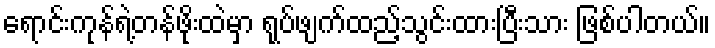
ရောင်းကုန်ရဲ့တန်ဖိုးထဲမှာ ရုပ်ဖျက်ထည့်သွင်းထားပြီးသား ဖြစ်ပါတယ်။